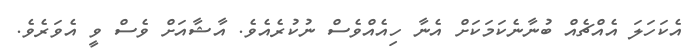
އެކަހަލަ އެއްޗެއް ބުނާނެކަމަކަށް އެނާ ހިއެއްވެސް ނުކުރެއެވެ. އާޝާއަށް ވެސް ވީ އެވަރެވެ.